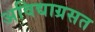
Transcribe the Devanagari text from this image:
अविद्याग्रसत